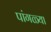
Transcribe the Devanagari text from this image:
पांगळ्या